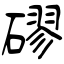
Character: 磟